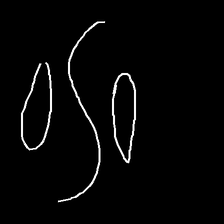
Glyph: water